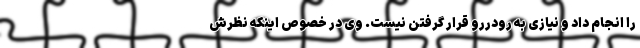
را انجام داد و نیازی به رودررو قرار گرفتن نیست. وی در خصوص اینکه نظرش